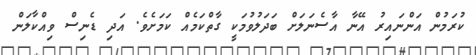
ކުރަމުން އަންނައިރު އޭނާ އާސެނަލަށް ބަދަލުވުމަކީ ގާތްކަމެއް ކަމަށެވެ. އަދި ޑެނިސް ވިއްކާލަން